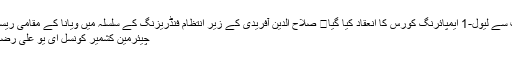
کویت میں کویت کرکٹ ایسوسی ایشن کی جانب سے لیول-1 ایمپائرنگ کورس کا انعقاد کیا گیا	 صلاح الدین آفریدی کے زیر انتظام فنڈریزنگ کے سلسلہ میں ویانا کے مقامی ریسٹورنٹ میں ایک پرُوقار تقریب کا انعقاد کیا گیا
چیئرمین کشمیر کونسل ای یو علی رضا سید نے جے کے ایل ایف پر پابندی کی مذ…